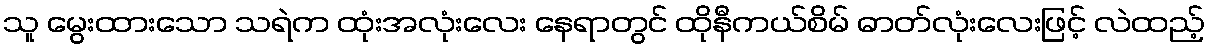
သူ မွေးထားသော သရဲက ထုံးအလုံးလေး နေရာတွင် ထိုနီကယ်စိမ် ဓာတ်လုံးလေးဖြင့် လဲထည့်